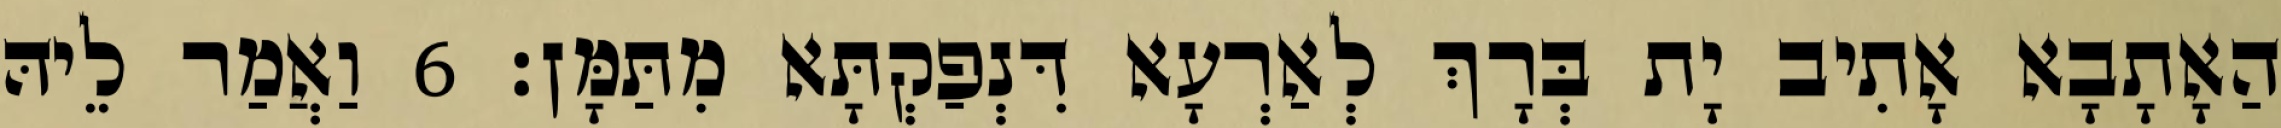
הַאָתָבָא אָתִיב יָת בְּרָךְ לְאַרְעָא דִּנְפַקְתָּא מִתַּמָּן׃ 6 וַאֲמַר לֵיהּ